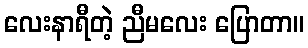
လေးနာရီတဲ့ ညီမလေး ပြောတာ။